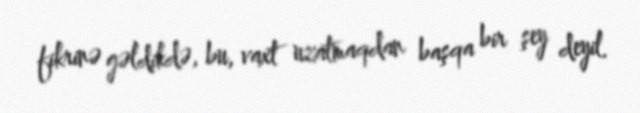
fikrinə gəldikdə, bu, vaxt uzatmaqdan başqa bir şey deyil.